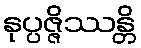
နုပ္ပဇ္ဇိဿန္တိ